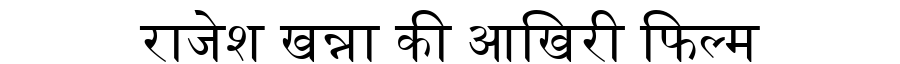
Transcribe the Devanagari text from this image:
राजेश खन्ना की आखिरी फिल्म